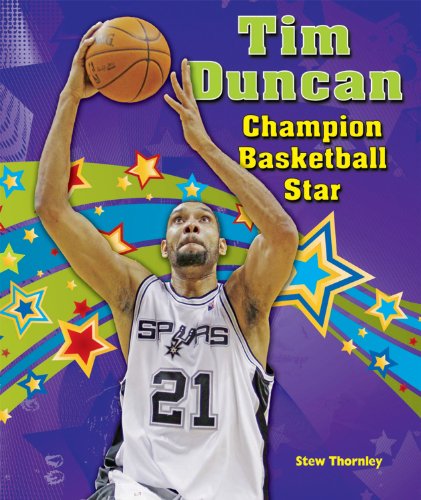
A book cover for Tim Duncan: Champion Basketball Star (Sports Star Champions); Stew Thornley; Teen & Young Adult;